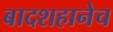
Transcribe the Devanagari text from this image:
बादशहानेच